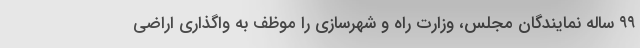
۹۹ ساله نمایندگان مجلس، وزارت راه و شهرسازی را موظف به واگذاری اراضی